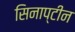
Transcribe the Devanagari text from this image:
सिनाप्टीन